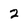
Character: 2